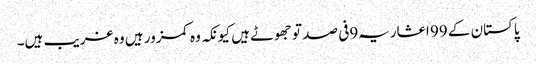
پاکستان کے 99 اعشاریہ9فی صد تو جھوٹے ہیں کیونکہ وہ کمزور ہیں وہ غریب ہیں۔